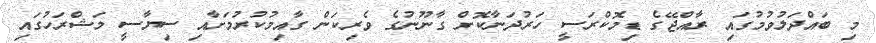
މި ބައްދަލުވުމުގައި ރާއްޖޭގެ ޑިމޮކްރަސީ ހަރުދަނާކޮށް ގާނޫނުގެ ވެރިކަން ގާއިމުކުރުމަށާއި ސިޔާސީ މަޝްރަހުގައި